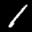
Label: 1